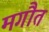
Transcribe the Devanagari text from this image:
मगौत